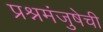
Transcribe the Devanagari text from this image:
प्रश्नमंजुषेची